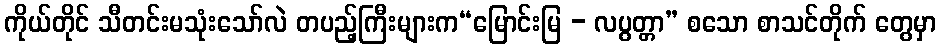
ကိုယ်တိုင် သီတင်းမသုံးသော်လဲ တပည့်ကြီးများက“မြောင်းမြ - လပွတ္တာ” စသော စာသင်တိုက် တွေမှာ